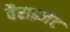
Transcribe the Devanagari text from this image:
वैराइजेट